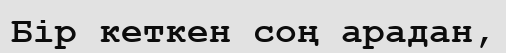
Бір кеткен соң арадан,